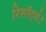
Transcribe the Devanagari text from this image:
रिसॉर्ट्स।